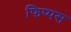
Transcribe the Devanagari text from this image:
फिप्पस